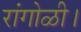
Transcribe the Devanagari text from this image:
रांगोळी।